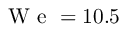
\mathrm { ~ W ~ e ~ } = 1 0 . 5